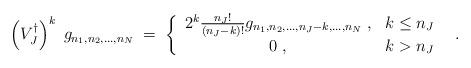
LaTeX: \begin{align*}\left(V_J^\dagger \right)^k \; g_{n_1,n_2,\ldots,n_N} \;=\; \left\{ \begin{array}{cc} 2^k\frac{n_J!}{(n_J-k)!} g_{n_1,n_2,\ldots,n_J-k,\ldots, n_N} \;, & k \le n_J \\ 0\;, & k > n_J \end{array}\right. \;\;.\end{align*}